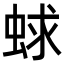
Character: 蛷